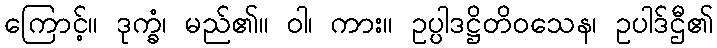
ကြောင့်။ ဒုက္ခံ၊ မည်၏။ ဝါ၊ ကား။ ဥပ္ပါဒဋ္ဌိတိဝသေန၊ ဥပါဒ်ဌီ၏